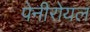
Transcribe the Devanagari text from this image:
पेनीरोयल